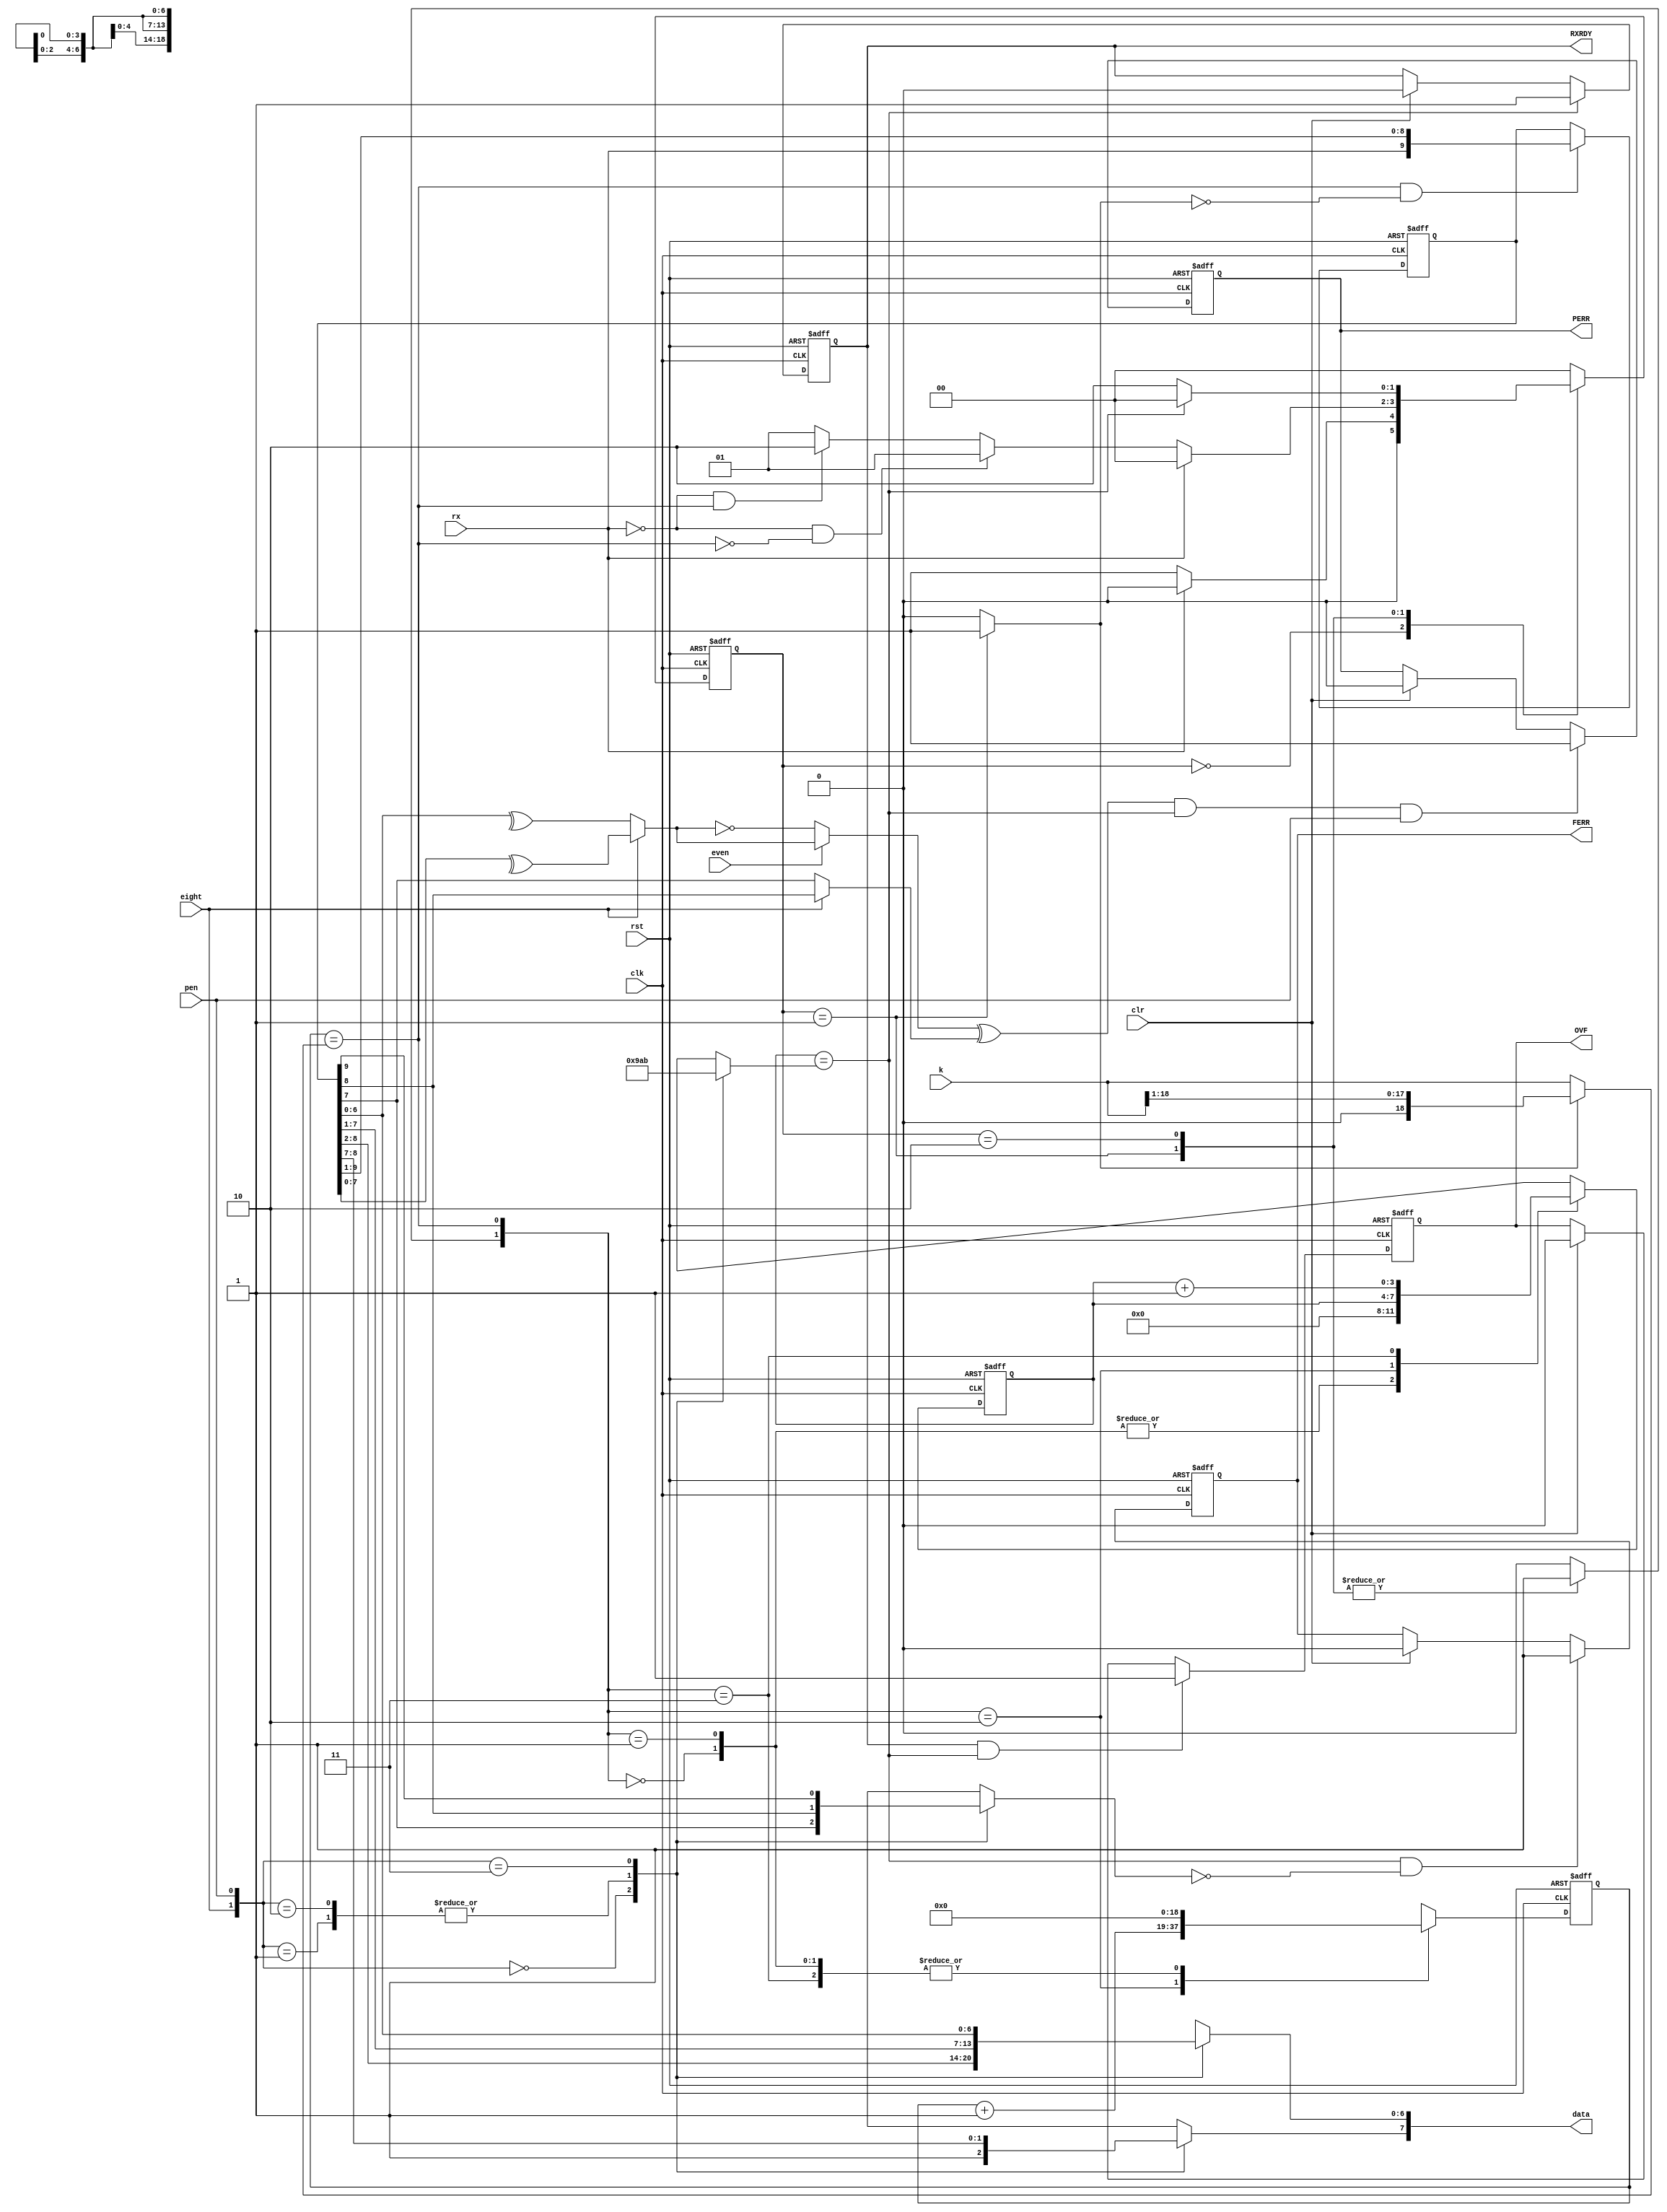
`timescale 1ns / 1ps
//****************************************************************//
//  This document contains information proprietary to the         //
//  CSULB student that created the file - any reuse without       //
//  adequate approval and documentation is prohibited             //
//                                                                //
//  Class: CECS 460                                               //
//  Project name: UART		                                       //
//                                                                //
//  Created by John Valera on 10/17/16 based on John Tramel's     //
//  design.                                                       //
//  Copyright  2016 John Valera. All rights reserved.            //
//                                                                //
//  Abstract: Receive engine that syncs with transmission to      //
//            receive messages.                                   //
//										                                    //
//  Edit history: 10/31/16                                        //
//                                                                //
//  In submitting this file for class work at CSULB               //
//  I am confirming that this is my work and the work             //
//  of no one else.                                               //
//                                                                //
//  In the event other code sources are utilized I will           //
//  document which portion of code and who is the author          //
//                                                                //
// In submitting this code I acknowledge that plagiarism          //
// in student project work is subject to dismissal from the class //
//****************************************************************//
module rx_engine(
		input wire clk, rst, rx, eight, pen, clr, even,
		input wire [18:0] k,
		output wire [7:0] data,
		output reg RXRDY, FERR, PERR, OVF
    );
	 
	 reg [1:0] state_reg, next_state;
	 reg start, doit;
	 wire btu, sh, done;
	 reg [3:0] bc, bit_count, num_bits;
	 reg [18:0] bt, btc, bit_time;
	 reg [9:0] shq, d;
	 reg p_gen_sel, p_bit_sel, gen_p, rec_p, parity;
	 reg stop_bit_sel, stop_b;
	 wire overflow;
	 
	 //==================================================================
	 // State machine
	 //==================================================================
	 always @(posedge clk, posedge rst)
		begin
			if(rst)
				state_reg <= 0;
			else
				state_reg <= next_state;
		end
		
	 always @*
		begin
			case (state_reg)
			0:
			begin
				start = 0;
				doit = 0;
				if(~rx)
					next_state = 1;
				else
					next_state = 0;
			end
			1:
			begin
				start = 1;
				doit = 1;
				if(rx)
					next_state = 0; else
				if(~rx && ~btu)
					next_state = 1; else
				if(~rx && btu)
					next_state = 2;
				else
					next_state = 1;
			end
			2:
			begin
				start = 0;
				doit = 1;
				if(done)
					next_state = 0;
				else
					next_state = 2;
			end
			default:
			begin
				next_state = 0;
				start = 0;
				doit = 0;
			end
			endcase
		end
		
		//==================================================================
		// DONE
		//==================================================================
		
		always @*
			begin
				case ({eight, pen})
				0: num_bits = 9;
				1: num_bits = 10;
				2: num_bits = 10;
				3: num_bits = 11;
				default: num_bits = 9;
				endcase
			end
			
		always @(posedge clk, posedge rst)
			begin
				if(rst)
					bit_count <= 0;
				else
					bit_count <= bc;
			end
			
		always @*
			begin
				case ({doit, btu})
				0: bc = 0;
				1: bc = 0;
				2: bc = bit_count;
				3: bc = bit_count+1;
				endcase
			end
			
		assign done = (bit_count == num_bits);
		
		//==================================================================
		// BTU
		//==================================================================
			
			always @*
				begin
					if(start)
						bit_time = k>>1;
					else
						bit_time = k;
				end
		
		always @(posedge clk, posedge rst)
			begin
				if(rst)
					btc <= 0;
				else
					btc <= bt;
			end
			
		always @*
			begin
				case ({doit, btu})
				0: bt = 0;
				1: bt = 0;
				2: bt = btc + 1;
				3: bt = 0;
				endcase
			end
			
		assign btu = (btc == bit_time);
		
		assign sh = btu & ~start;
		
		//==================================================================
		// shift register
		//==================================================================
		
		always @(posedge clk, posedge rst)
			begin
				if(rst)
					shq <= 10'b0; else
				if(sh)
					shq <= {rx, shq[9:1]};
			end
		

			
		always @*
			begin
				case ({eight, pen})
				0:
				begin
				d = shq >> 2;
				d[7] = 1'b1; // stop bit
				end
				1: d = shq >> 1;
				2: d = shq >> 1;
				3: d = shq;
				endcase
			end
		
		//==================================================================
		// RXRDY
		//==================================================================
		
		always @(posedge clk, posedge rst)
			begin
				if(rst)
					RXRDY = 0; else
				if(done)
					RXRDY = 1; else
				if(clr)
					RXRDY = 0;
			end
		
		//==================================================================
		// PERR
		//==================================================================
		
		always @*
			begin
				if(eight)
					begin
						p_gen_sel = ^shq[7:0];
						rec_p = shq[8];
					end
				else
					begin
						p_gen_sel = ^shq[6:0];
						rec_p = shq[7];
					end
					
				
				if(even)
					gen_p = p_gen_sel;
				else
					gen_p = ~p_gen_sel;
					
				parity = (gen_p ^ rec_p) & done & pen;
			end
			
		always @(posedge clk, posedge rst)
			begin
				if(rst)
					PERR <= 0; else
				if(parity)
					PERR <= 1; else
				if(clr)
					PERR <= 0;
			end
		
		//==================================================================
		// FERR
		//==================================================================
		
		always @*
			begin
				case ({eight, pen})
				0: stop_bit_sel = shq[7];
				1: stop_bit_sel = shq[8];
				2: stop_bit_sel = shq[8];
				3: stop_bit_sel = shq[9];
				endcase
				
				stop_b = done & ~stop_bit_sel;
			end
			
		always @(posedge clk, posedge rst)
			begin
				if(rst)
					FERR <= 0; else
				if(stop_b)
					FERR <= 1; else
				if(clr)
					FERR <= 0;
			end
			
		assign overflow = RXRDY & done;
		//==================================================================
		// OVF
		//==================================================================
		
		always @(posedge clk, posedge rst)
			begin
				if(rst)
					OVF <= 0; else
				if(overflow)
					OVF <= 1; else
				if(clr)
					OVF <= 0;
			end
			
		//==================================================================
		// Data Output
		//==================================================================
		
		assign data = d[7:0];
		
		

endmodule